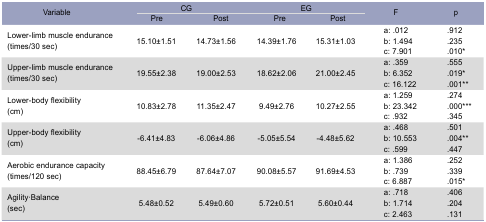
<table><thead><tr><td rowspan="2"><b>Variable</b></td><td colspan="2"><b>CG</b></td><td colspan="2"><b>EG</b></td><td rowspan="2"><b>F</b></td><td rowspan="2"><b>p</b></td></tr><tr><td><b>Pre</b></td><td><b>Post</b></td><td><b>Pre</b></td><td><b>Post</b></td></tr></thead><tbody><tr><td>Lower-limb muscle endurance(times/30 sec)</td><td>15.10±1.51</td><td>14.73±1.56</td><td>14.39±1.76</td><td>15.31±1.03</td><td>a: .012b: 1.494c: 7.901</td><td>.912.235.010*</td></tr><tr><td>Upper-limb muscle endurance(times/30 sec)</td><td>19.55±2.38</td><td>19.00±2.53</td><td>18.62±2.06</td><td>21.00±2.45</td><td>a: .359b: 6.352c: 16.122</td><td>.555.019*.001**</td></tr><tr><td>Lower-body flexibility(cm)</td><td>10.83±2.78</td><td>11.35±2.47</td><td>9.49±2.76</td><td>10.27±2.55</td><td>a: 1.259b: 23.342c: .932</td><td>.274.000***.345</td></tr><tr><td>Upper-body flexibility(cm)</td><td>-6.41±4.83</td><td>-6.06±4.86</td><td>-5.05±5.54</td><td>-4.48±5.62</td><td>a: .468b: 10.553c: .599</td><td>.501.004**.447</td></tr><tr><td>Aerobic endurance capacity(times/120 sec)</td><td>88.45±6.79</td><td>87.64±7.07</td><td>90.08±5.57</td><td>91.69±4.53</td><td>a: 1.386b: .739c: 6.887</td><td>.252.339.015*</td></tr><tr><td>Agility·Balance(sec)</td><td>5.48±0.52</td><td>5.49±0.60</td><td>5.72±0.51</td><td>5.60±0.44</td><td>a: .718 b: 1.714 c: 2.463</td><td>.406 .204 .131</td></tr></tbody></table>